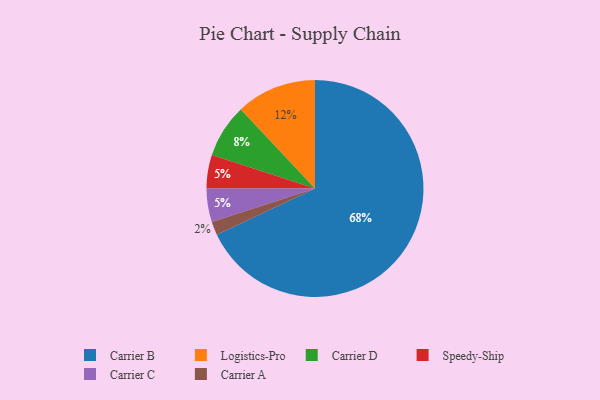
{"axis": {"x": "Category", "y": "Percentage"}, "legend": ["Carrier A", "Carrier B", "Carrier C", "Carrier D", "Logistics-Pro", "Speedy-Ship"], "data": [{"x": "Speedy-Ship", "y": 5, "type": "Speedy-Ship"}, {"x": "Carrier C", "y": 5, "type": "Carrier C"}, {"x": "Carrier D", "y": 8, "type": "Carrier D"}, {"x": "Logistics-Pro", "y": 12, "type": "Logistics-Pro"}, {"x": "Carrier B", "y": 68, "type": "Carrier B"}, {"x": "Carrier A", "y": 2, "type": "Carrier A"}]}